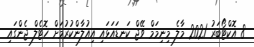
8 އޮކްޓޯބަރު 2021 މާލެ މިނިމަމް ވޭޖް ކަނޑައަޅައި އިއުލާންކުރުމަށް ހޮޓެލް ޖެންގައި